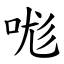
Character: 哤